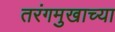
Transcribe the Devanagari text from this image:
तरंगमुखाच्या